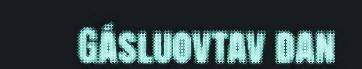
Gásluovtav dan